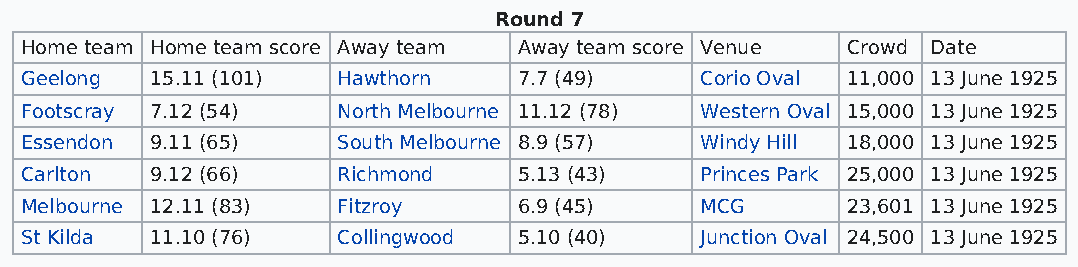
Round 7
 Home team Home team score Away team Away team score Venue Crowd Date
 Geelong  15.11 (101) Hawthorn    7.7 (49)    Corio Oval 11,000 13 June 1925
 Footscray 7.12 (54)  North Melbourne 11.12 (78) Western Oval 15,000 13 June 1925
 Essendon 9.11 (65)   South Melbourne 8.9 (57) Windy Hill 18,000 13 June 1925
 Carlton  9.12 (66)   Richmond    5.13 (43)   Princes Park 25,000 13 June 1925
 Melbourne 12.11 (83) Fitzroy     6.9 (45)    MCG       23,601 13 June 1925
 St Kilda 11.10 (76)  Collingwood 5.10 (40)   Junction Oval 24,500 13 June 1925